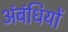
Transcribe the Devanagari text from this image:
अंबंधियों